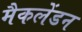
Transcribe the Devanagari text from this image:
मैकलेंडन